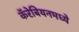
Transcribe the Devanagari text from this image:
कॅरेबियनमध्ये